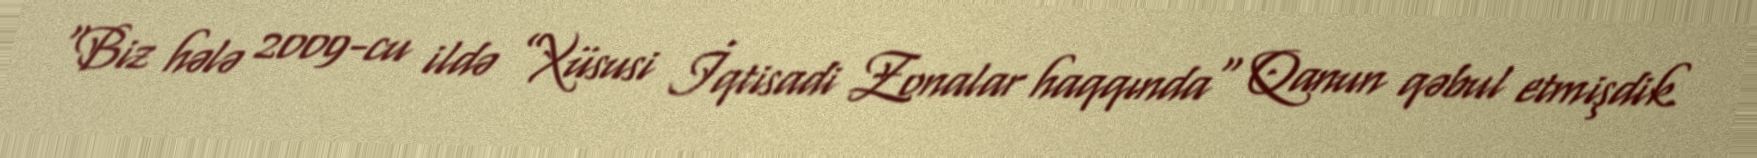
“Biz hələ 2009-cu ildə ”Xüsusi İqtisadi Zonalar haqqında" Qanun qəbul etmişdik.